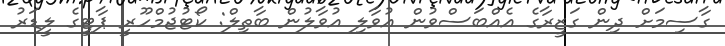
ގާސިމަށް ދިން ގަޒީރާގެ އެއްބަސްވުން އުވާލި އުވާލުން ބާތިލް: ކޯޓުޖުމްހޫރީ ޕާޓީގެ ލީޑަރު